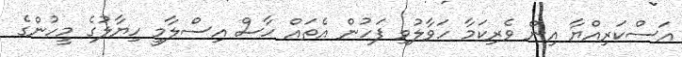
އަސްކަރިއްޔާ އިން ވެރިކަމާ ހަވާލުވި ފަހުން އެތައް ހާސް އިސްލާމީ ހިޔާލުގެ މީހުންގެ